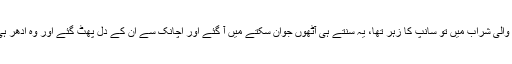
اس نے کہا وہ والی شراب میں تو سانپ کا زہر تھا، یہ سنتے ہی آٹھوں جوان سکتے میں آ گئے اور اچانک سے ان کے دل پھٹ گئے اور وہ ادھر ہی دم توڑ گئے۔